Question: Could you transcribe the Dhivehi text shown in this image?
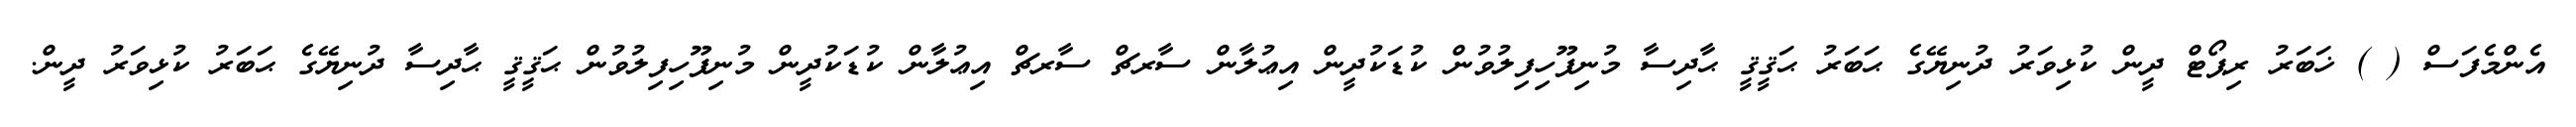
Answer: އެންމެފަސް ( ) ޚަބަރު ރިޕޯޓް ދީން ކުޅިވަރު ދުނިޔޭގެ ޙަބަރު ޙަޤީޤީ ޙާދިސާ މުނިފޫހިފިލުވުން ކުޑަކުދީން އިޢުލާން ސާރޗް ސާރޗް އިޢުލާން ކުޑަކުދީން މުނިފޫހިފިލުވުން ޙަޤީޤީ ޙާދިސާ ދުނިޔޭގެ ޙަބަރު ކުޅިވަރު ދީން.